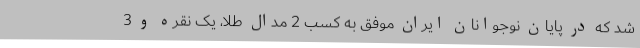
شد که در پایان نوجوانان ایران موفق به کسب 2 مدال طلا، یک نقره و 3